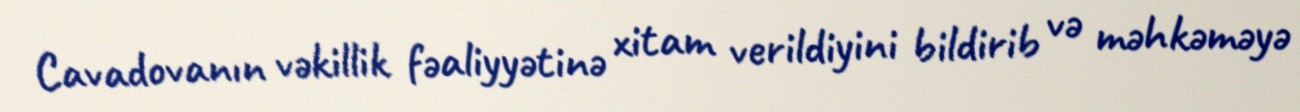
Cavadovanın vəkillik fəaliyyətinə xitam verildiyini bildirib və məhkəməyə